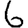
Digit: 6